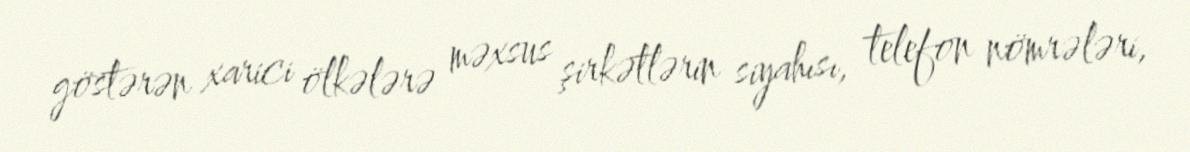
göstərən xarici ölkələrə məxsus şirkətlərin siyahısı, telefon nömrələri,